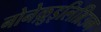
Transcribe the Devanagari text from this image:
नोनेक़ुइलिब्रिउम